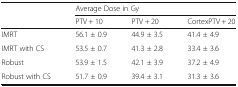
| <ROWSPAN=2>  | <COLSPAN=3> Average Dose in Gy |
 | PTV + 10 | PTV + 20 | CortexPTV + 20 |
 | --- | --- | --- | --- |
 | IMRT | 56.1 ± 0.9 | 44.9 ± 3.5 | 41.4 ± 4.9 |
 | IMRT with CS | 53.5 ± 0.7 | 41.3 ± 2.8 | 33.4 ± 3.6 |
 | Robust | 53.9 ± 1.5 | 42.1 ± 3.9 | 37.2 ± 4.9 |
 | Robust with CS | 51.7 ± 0.9 | 39.4 ± 3.1 | 31.3 ± 3.6 |